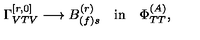
\Gamma _ { V T V } ^ { [ r , 0 ] } \longrightarrow B _ { ( f ) s } ^ { ( r ) } \quad \mathrm { { i n } } \quad \Phi _ { T T } ^ { ( A ) } ,